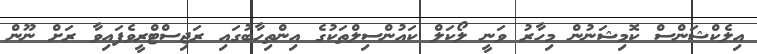
އިލެކްޝަންސް ކޮމިޝަނުން މިހާރު ވަނީ ލޯކަލް ކައުންސިލްތަކުގެ އިންތިހާބުގައި ރަޖިސްޓްރީވެފައިވާ ރަށް ނޫން